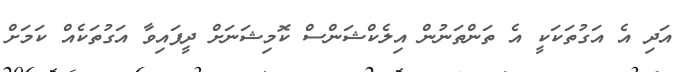
އަދި އެ އަގުތަކަކީ އެ ތަންތަނުން އިލެކްޝަންސް ކޮމިޝަނަށް ދީފައިވާ އަގުތަކެއް ކަމަށް